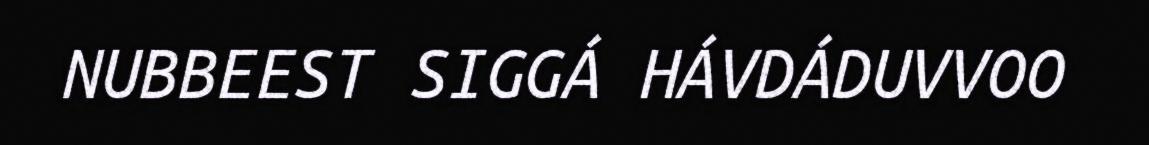
NUBBEEST SIGGÁ HÁVDÁDUVVOO